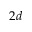
2 d